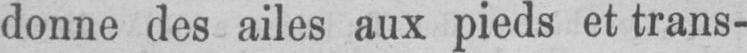
donne des ailes aux pieds et trans-